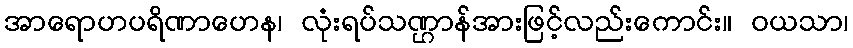
အာရောဟပရိဏာဟေန၊ လုံးရပ်သဏ္ဌာန်အားဖြင့်လည်းကောင်း။ ဝယသာ၊